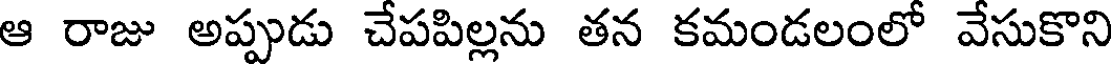
ఆ రాజు అప్పుడు చేపపిల్లను తన కమండలంలో వేసుకొని